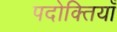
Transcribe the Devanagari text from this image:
पदोक्तियाँ